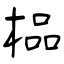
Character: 榀